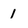
Character: 1